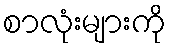
စာလုံးများကို